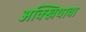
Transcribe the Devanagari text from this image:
अक्खियावा